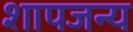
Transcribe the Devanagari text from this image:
शापजन्य